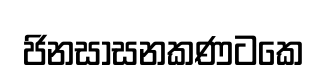
ජිනසාසනකණටකෙ